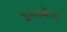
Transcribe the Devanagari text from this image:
लियभेजा